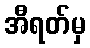
အီရတ်မှ